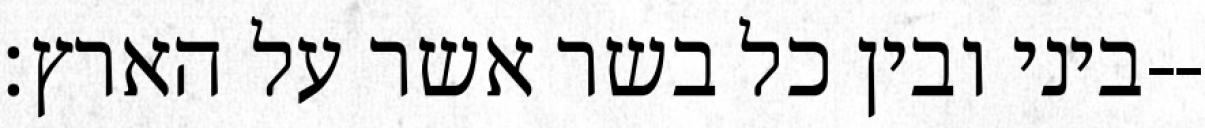
ביני ובין כל בשר אשר על הארץ׃--